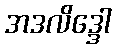
အဒလိဒ္ဒေါ